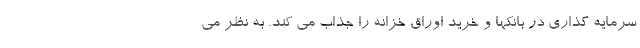
سرمایه گذاری در بانکها و خرید اوراق خزانه را جذاب می کند. به نظر می